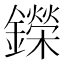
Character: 鑅